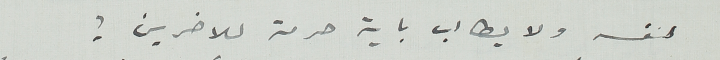
لنفسه ولا يطالب باية حرية للأخرين!